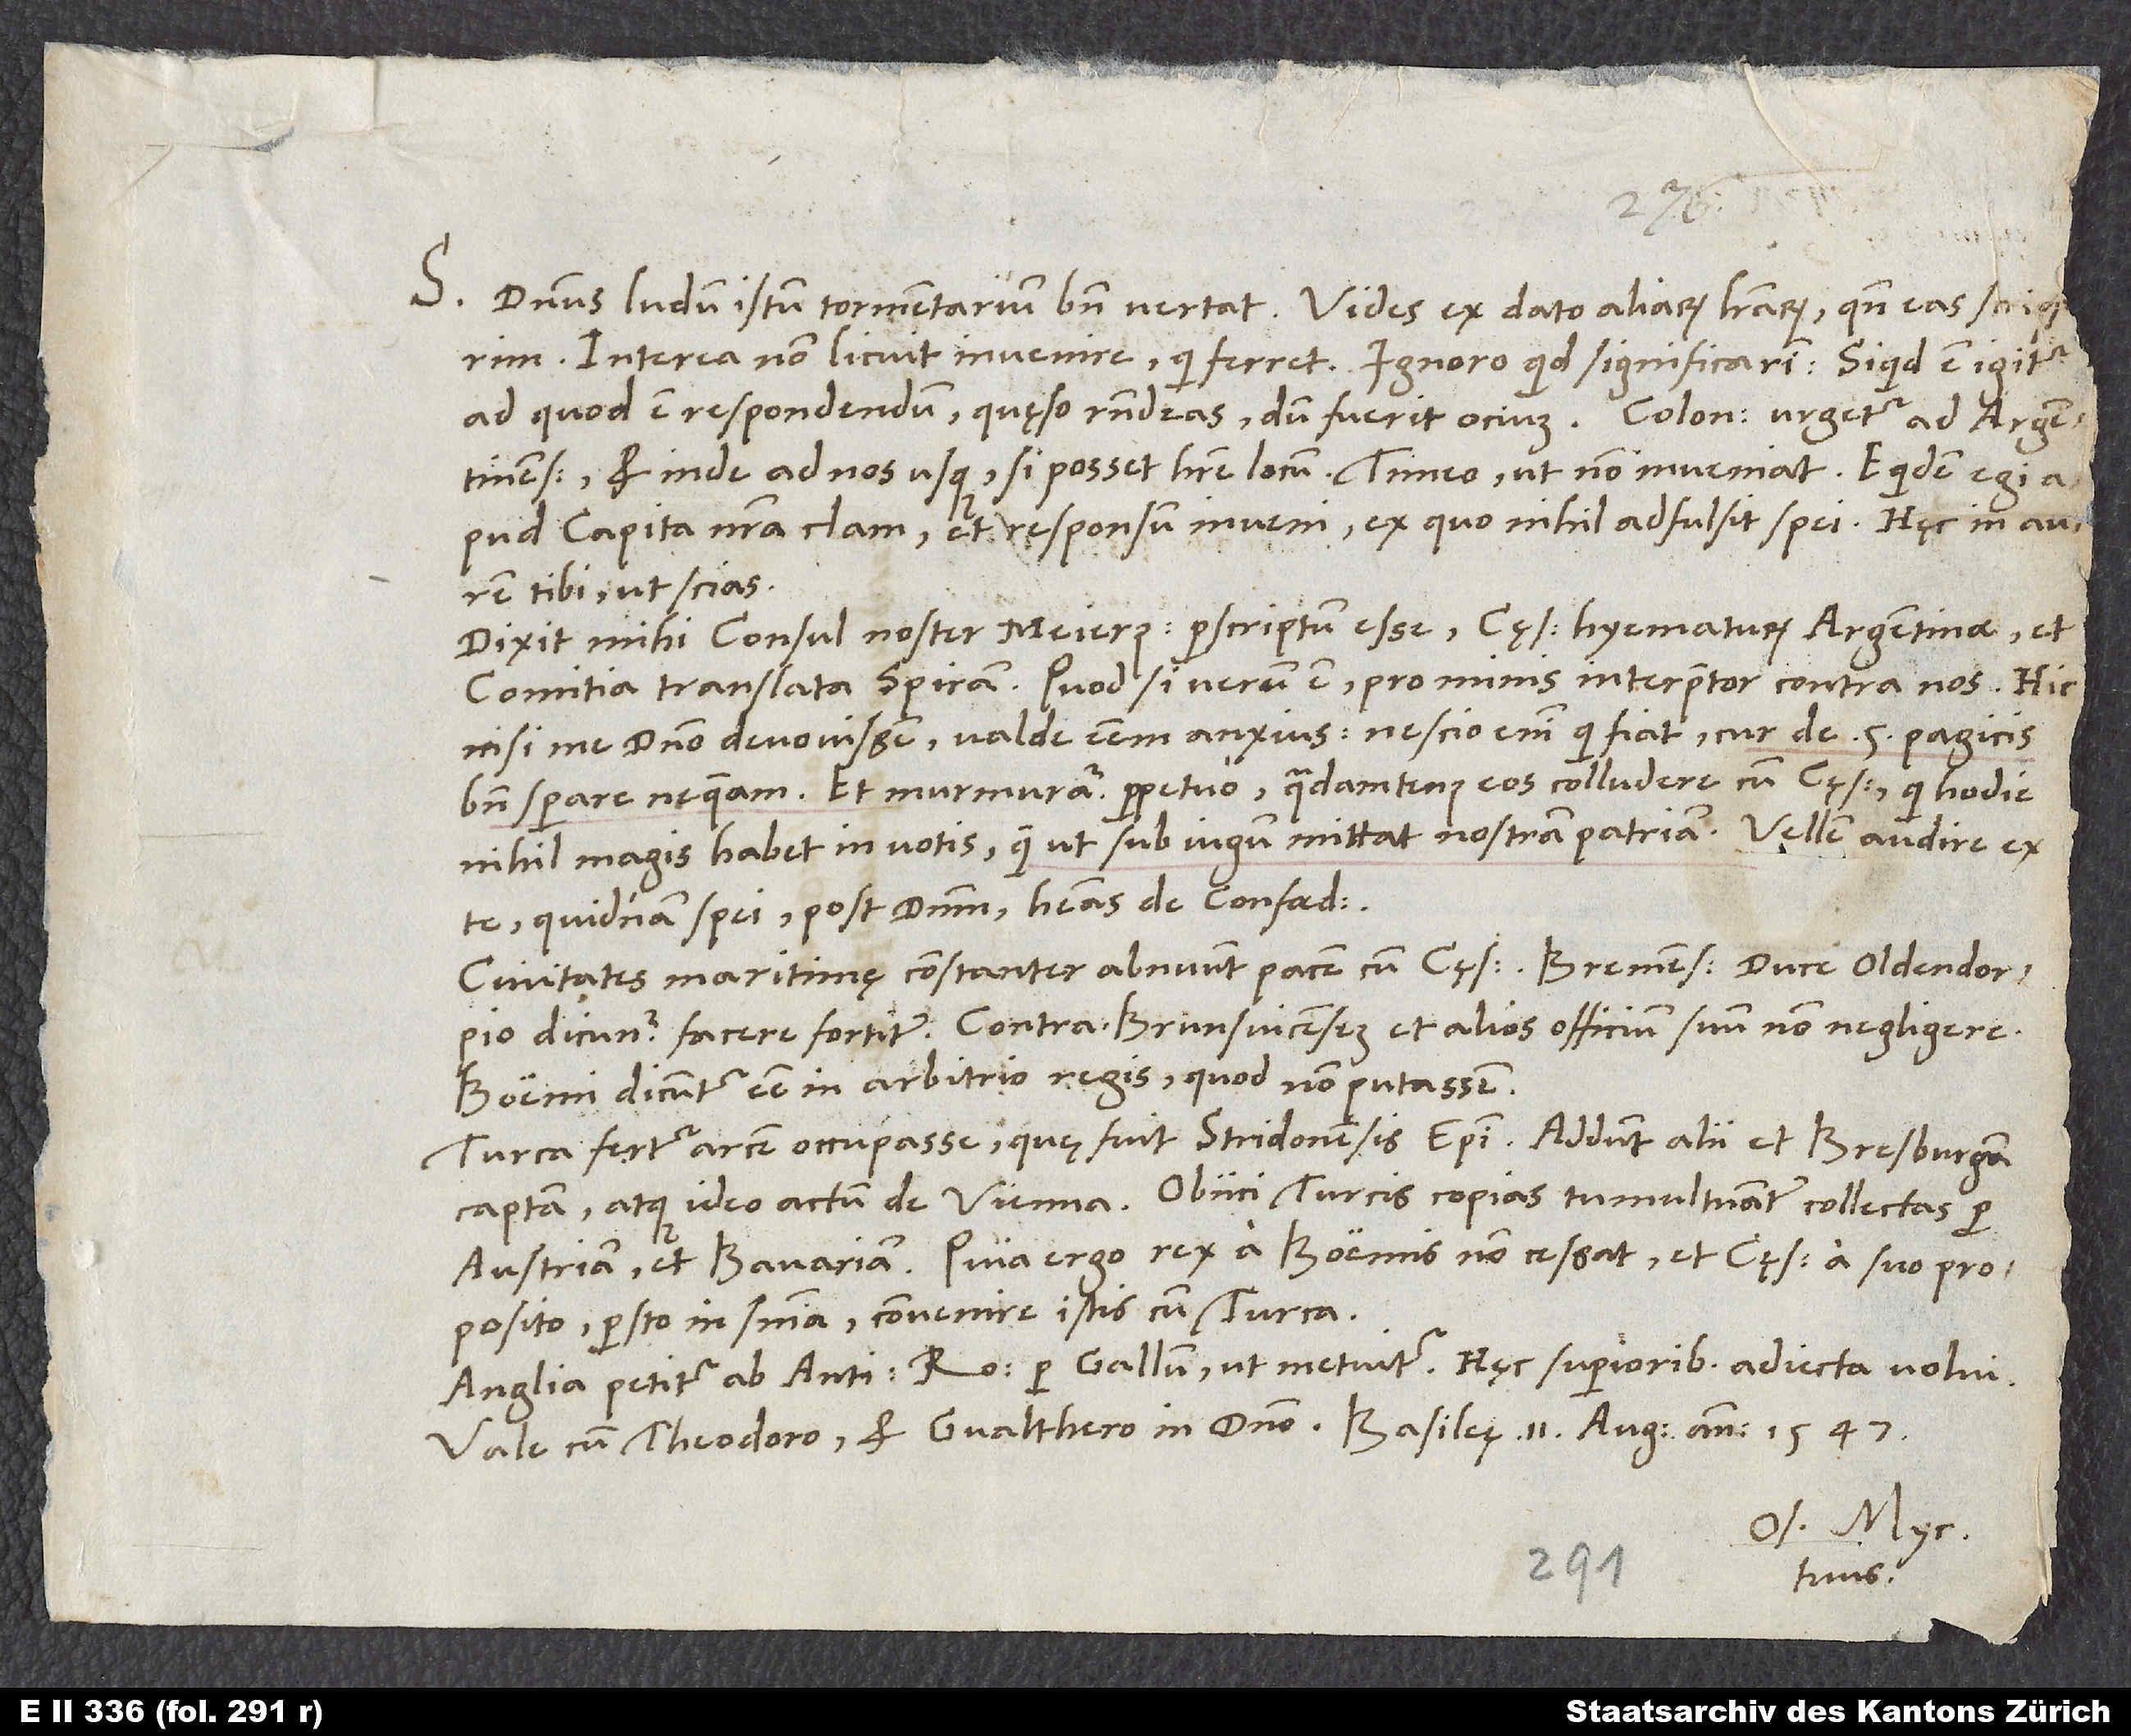
S. Dominus ludum istum tormentarium bene vertat. Vides ex dato aliarum literarum, quando eas scrip rim.
Interea non licuit invenire, qui ferret. Ignoro, quid significarim. Si quid est igitur,
et inde ad nos usque, si posset habere locum. Timeo, ut non inveniat. Equidem egi
apud capita nostra clam et responsum inveni, ex quo nihil adfulsit spei. Hęc in aurem
tibi, ut scias.
Dixit mihi consul noster Meierus perscriptum esse cęsarem hyematurum Argentinae et
comitia translata Spiram. Quod, si verum est, pro minis interpretor contra nos. Hic,
nisi me domino devovissem, valde essem anxius. Nescio enim, qui fiat, cur de 5 Pagicis
bene sperare nequeam. Et murmuratur perpetuo, quadamtenus eos colludere cum cęsare, qui hodie
nihil magis habet in votis, quam ut sub iugum mittat nostram patriam. Vellem audire ex
quidnam spei, post dominum, habeas de Confoederatis.
Civitates maritimę constanter abnuunt pacem cum cęsare. Bremenses duce Oldendorpio
dicuntur facere fortiter; contra Brunsvicensem et alios officum suum non negligere.
Boemi dicuntur esse in arbitrio regis, quod non putassem.
Turca fertur arcem occupasse, quę fuit Stridonensis episcopi. Addunt alii et Bresburgam
captam, atque ideo actum de Vienna, obiici Turcis copias tumultuanter collectas per
Austriam et Bavariam. Quia ergo rex a Boemis non cessat et cęsar a suo proposito,
persto in sententia convenire istis cum Turca.
Vale cum Theodoro et Gvalthero in domino. Basileę, 11. augusti anno 1547.
Os. Myc.
tuus.